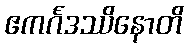
ဧကင်္ဂဒဿိနောတိ